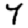
Digit: 7